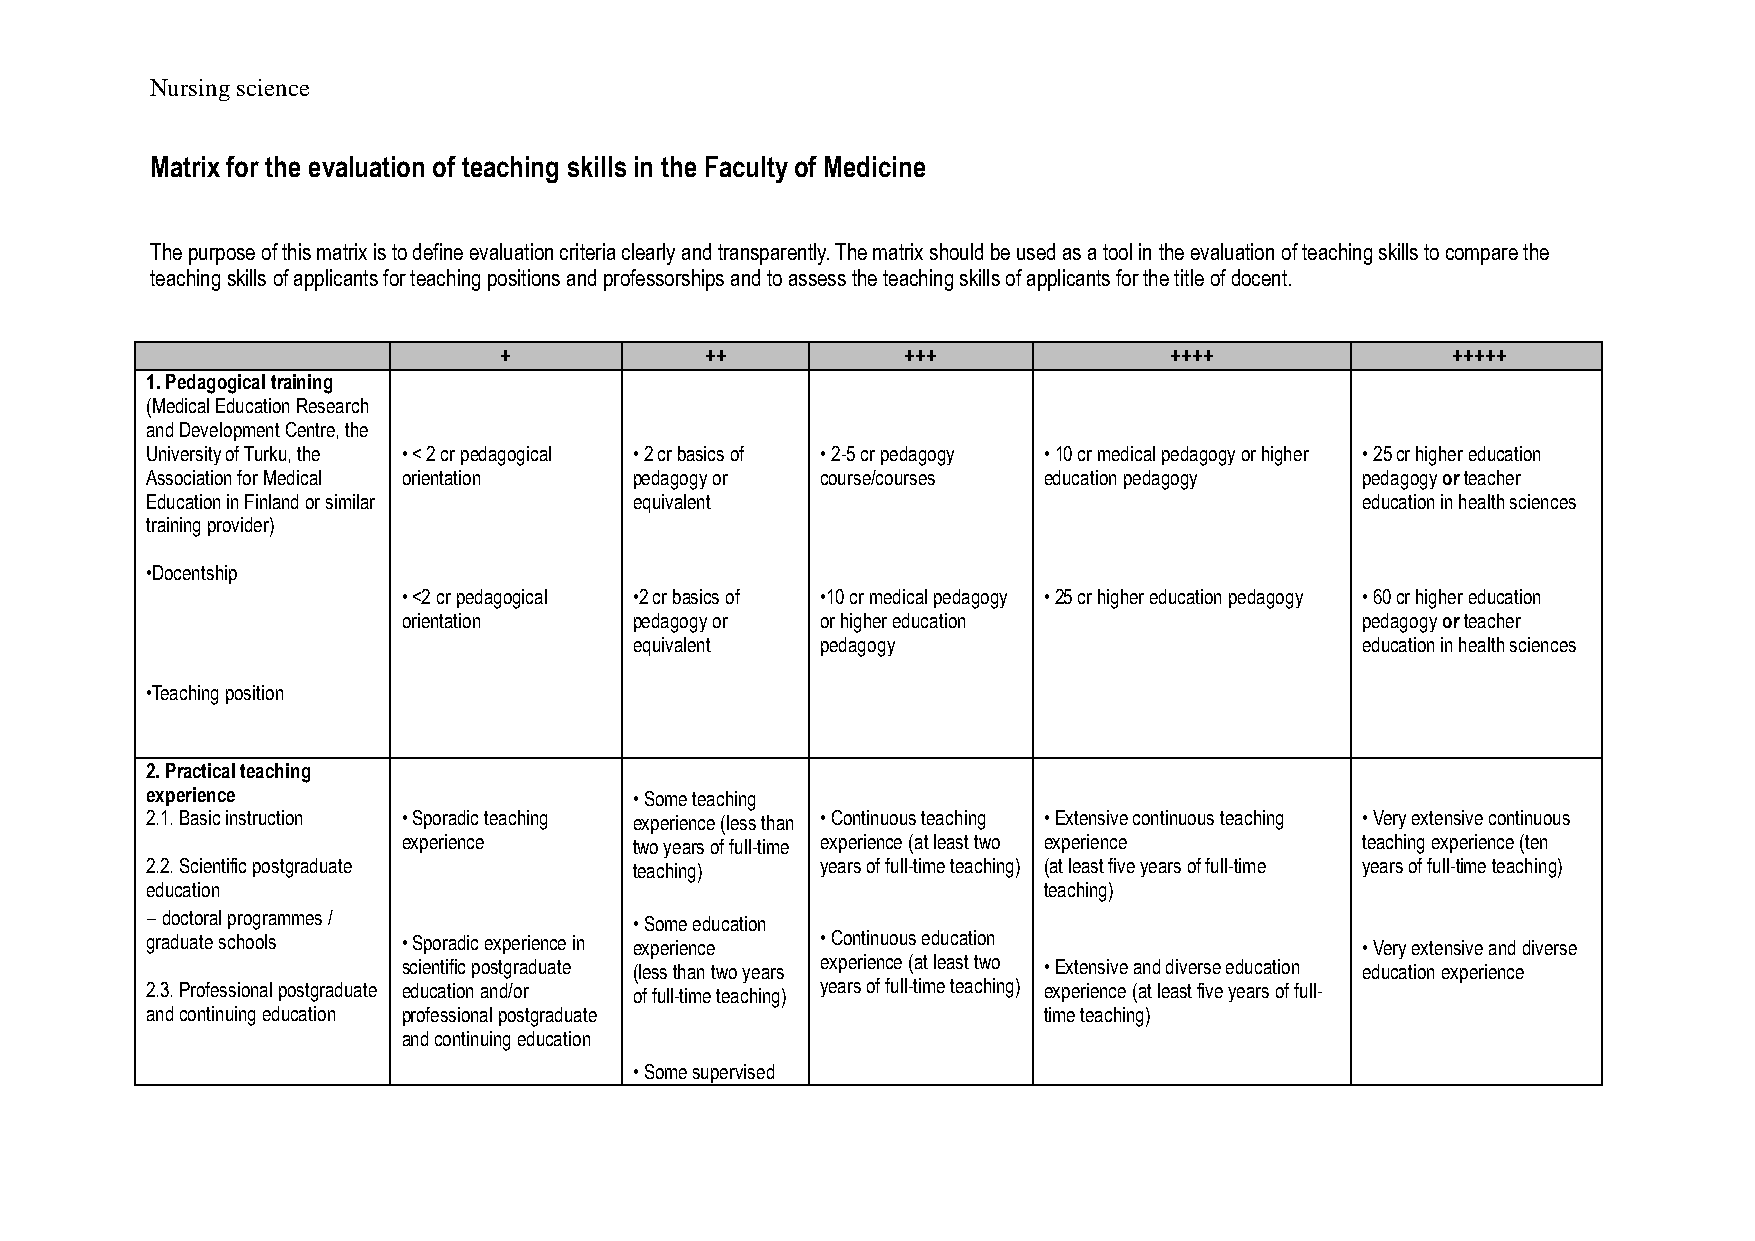
Nursing science
 Matrix for the evaluation of teaching skills in the Faculty of Medicine
 The purpose of this matrix is to define evaluation criteria clearly and transparently. The matrix should be used as a tool in the evaluation of teaching skills to compare the
 teaching skills of applicants for teaching positions and professorships and to assess the teaching skills of applicants for the title of docent.
 +             ++           +++              ++++               +++++
 1. Pedagogical training
 (Medical Education Research
 and Development Centre, the
 University of Turku, the • < 2 cr pedagogical • 2 cr basics of • 2-5 cr pedagogy • 10 cr medical pedagogy or higher • 25 cr higher education
 Association for Medical orientation pedagogy or course/courses education pedagogy pedagogy or teacher
 Education in Finland or similar equivalent                                      education in health sciences
 training provider)
 •Docentship
 • <2 cr pedagogical •2 cr basics of •10 cr medical pedagogy • 25 cr higher education pedagogy • 60 cr higher education
 orientation    pedagogy or or higher education                 pedagogy or teacher
 equivalent  pedagogy                            education in health sciences
 •Teaching position
 2. Practical teaching
 experience                      • Some teaching
 2.1. Basic instruction • Sporadic teaching experience (less than • Continuous teaching • Extensive continuous teaching • Very extensive continuous
 experience     two years of full-time experience (at least two experience teaching experience (ten
 2.2. Scientific postgraduate    teaching)   years of full-time teaching) (at least five years of full-time years of full-time teaching)
 education                                                  teaching)
 ‒ doctoral programmes /
 • Some education
 graduate schools • Sporadic experience in experience • Continuous education     • Very extensive and diverse
 scientific postgraduate (less than two years experience (at least two • Extensive and diverse education education experience
 2.3. Professional postgraduate education and/or of full-time teaching) years of full-time teaching) experience (at least five years of full-
 and continuing education professional postgraduate         time teaching)
 and continuing education
 • Some supervised